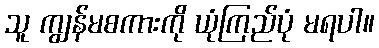
သူ ကျွန်မစကားကို ယုံကြည်ပုံ မရပါ။